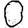
Digit: 0